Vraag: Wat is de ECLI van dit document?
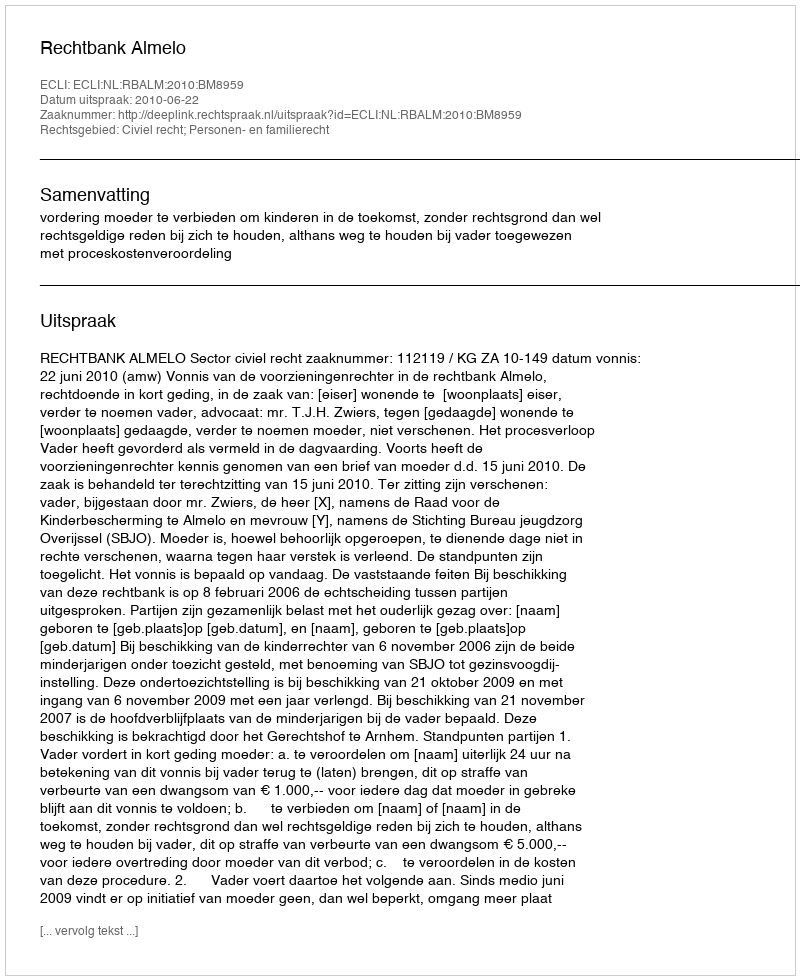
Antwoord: ECLI:NL:RBALM:2010:BM8959